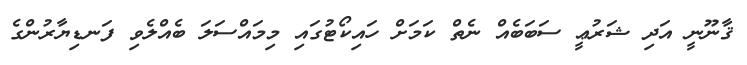
ޤާނޫނީ އަދި ޝަރުޢީ ސަބަބެއް ނެތް ކަމަށް ހައިކޯޓުގައި މިމައްސަލަ ބެއްލެވި ފަނޑިޔާރުންގެ